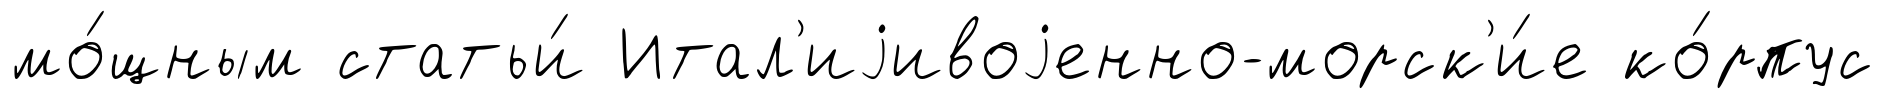
мо́щным статьи́ Итал'иjивоjенно-морск'и́е ко́рпус